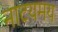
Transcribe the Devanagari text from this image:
नाटयमय